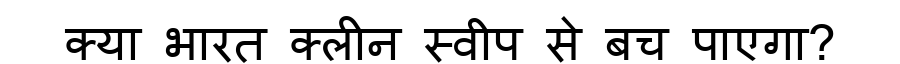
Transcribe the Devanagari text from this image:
क्या भारत क्लीन स्वीप से बच पाएगा?